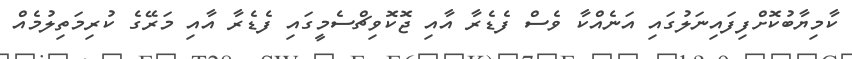
ކާމިޔާބުކޮށްފިފައިނަލުގައި އަނެއްކާ ވެސް ފެޑެރާ އާއި ޖޮކޮވިޗްސެމީގައި ފެޑެރާ އާއި މަރޭގެ ކުރިމަތިލުމެއް